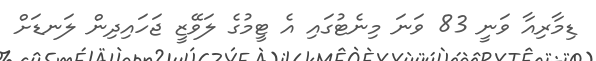
ޑިމާރިއާ ވަނީ 83 ވަނަ މިނެޓުގައި އެ ޓީމުގެ ލަވޭޒީ ޖަހައިދިން ލަނޑަށް